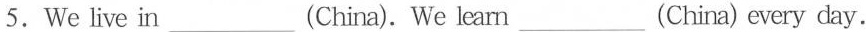
5.We live in___ (China). We learm___(China) every day.